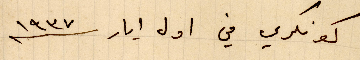
كونكري في أول أيار ١۹۳٧